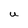
Character: U